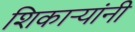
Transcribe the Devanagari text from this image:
शिकाऱ्यांनी